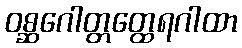
ဝစ္ဆဂေါတ္တတ္ထေရဂါထာ